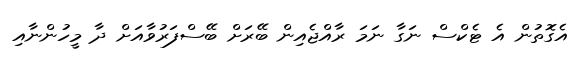
އެގޮތުން އެ ޓެކްސް ނަގާ ނަމަ ރާއްޖެއިން ބޭރަށް ބޭސްފަރުވާއަށް ދާ މީހުންނާއި